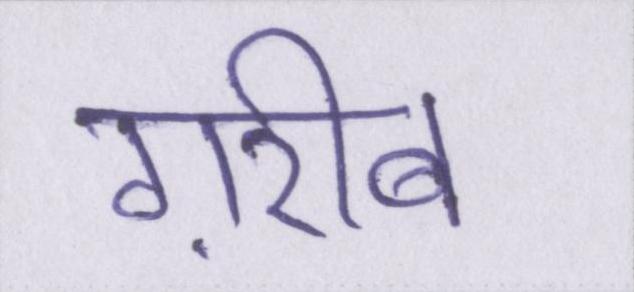
ग़रीब